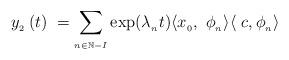
LaTeX: \begin{align*}\ y_{_{2}}\left( t\right) \ =\underset{_{n\in \mathbb{N}-I}}{\sum }\exp(\lambda _{_{n}}t)\langle x_{_{0}},\ \phi _{_{n}}\rangle \langle \ c,\phi_{_{n}}\rangle\end{align*}